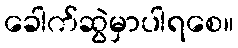
ခေါက်ဆွဲမှာပါရစေ။